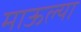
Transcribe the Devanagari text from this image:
माऊल्या